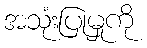
အသုံးပြုမှုကို